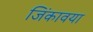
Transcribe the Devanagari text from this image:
जिंकावया